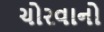
ચોરવાનો